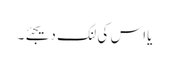
یااس کی لنک دیجئے۔